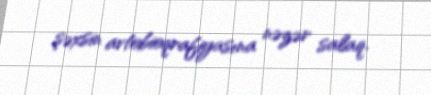
şəxsin avtobioqrafiyasına nəzər salaq.